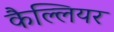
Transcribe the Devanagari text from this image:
कैल्लियर